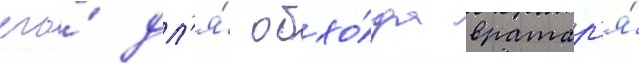
его́ дл'я́ обхо́да вратар'я́